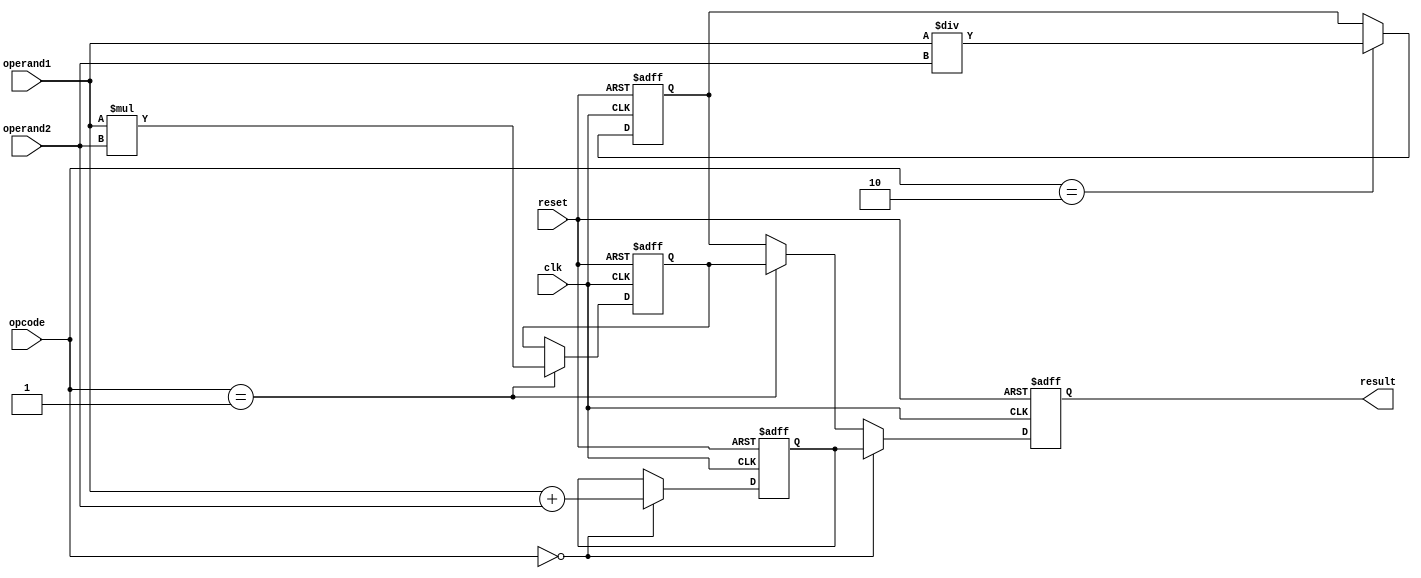
module DoublePrecisionFloatingPointUnit (
  input wire clk,
  input wire reset,
  input wire [63:0] operand1,
  input wire [63:0] operand2,
  input wire [1:0] opcode,
  output reg [63:0] result
);

reg [63:0] add_result;
reg [63:0] mul_result;
reg [63:0] div_result;

always @(posedge clk or posedge reset) begin
  if (reset) begin
    result <= 64'h0;
    add_result <= 64'h0;
    mul_result <= 64'h0;
    div_result <= 64'h0;
  end else begin
    case (opcode)
      2'b00: begin
        add_result <= operand1 + operand2;
      end
      2'b01: begin
        mul_result <= operand1 * operand2;
      end
      2'b10: begin
        div_result <= operand1 / operand2;
      end
    endcase
    
    if (opcode == 2'b00) begin
      result <= add_result;
    end else if (opcode == 2'b01) begin
      result <= mul_result;
    end else begin
      result <= div_result;
    end
  end
end

endmodule